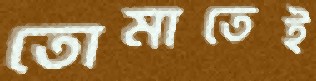
তোমাতেই